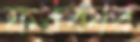
ফরকার